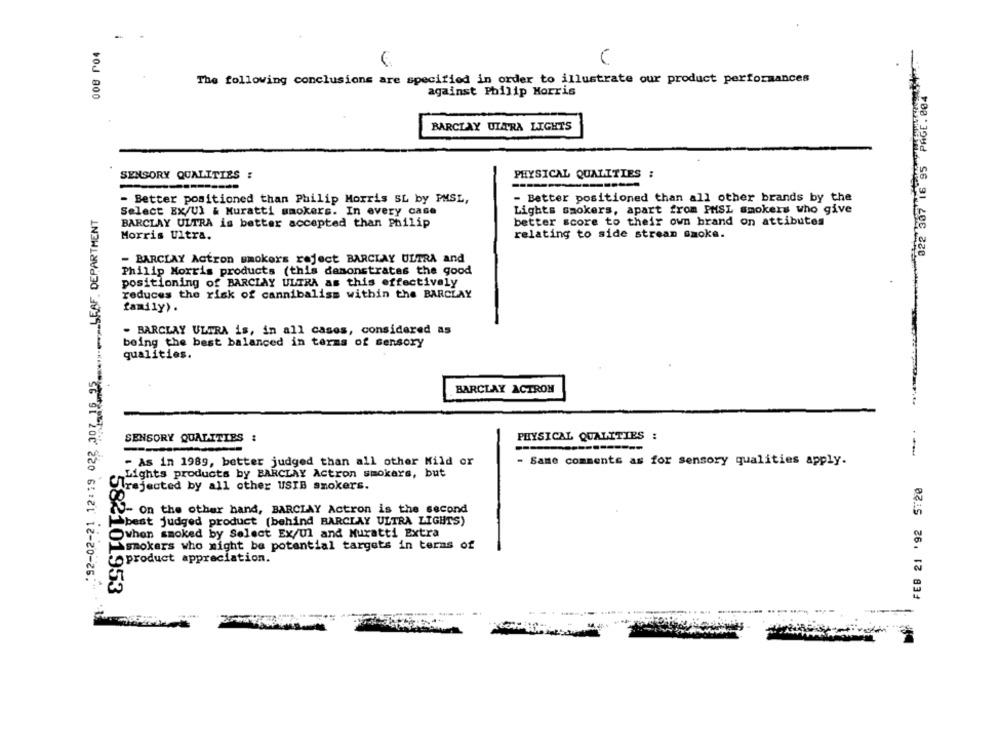
-
The following conclusions are specified in order to illustrate our product performances
against Philip Morris
+0J 800
BARCLAY ULARA LIGHTS
SENSORY QUALITIES :
PHYSICAL QUALITIES :
- Better positioned than Philip Morris SL by PMSL,
- Better positioned than all other brands by the
15 .. 25 ............... SEAF. DEPARTMENT
Select EX/Ul & Muratti smokers. In every case
Lights smokers, apart from PMSL smokers who give
BARCLAY ULTRA is better accepted than Philip
better score to their own brand on attibutes
Morris Ultra.
relating to side strean smoke.
- BARCLAY Actron smokers reject BARCLAY ULTRA and
Philip Morris products (this demonstrates the good
positioning of BARCLAY ULTRA as this effectively
reduces the risk of cannibaliss within the BARCLAY
-
family).
- BARCLAY ULTRA is, in all cases, considered as
being the best balanced in terms of sensory
qualities.
BARCLAY ACTRON
SENSORY QUALITIES :
PHYSICAL QUALITIES :
--
- As in 1989, better judged than all other Mild or
- Same comments as for sensory qualities apply.
Lights products by BARCLAY Actron smokars, but
FEB 21 '92 5:20
"\rejected by all other USIB smokers.
V- On the other hand, BARCLAY Actron is the second
best judged product (behind BARCLAY ULTRA LIGHTS)
when smoked by Select Ex/Ul and Muratti Extra
smokers who might be potential targets in terms of
product appreciation.
Se Si 200 220 6: 121 12-20-26:"
582101953